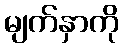
မျက်နှာကို